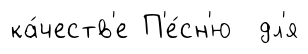
ка́честв'е П'е́сн'ю дл'я